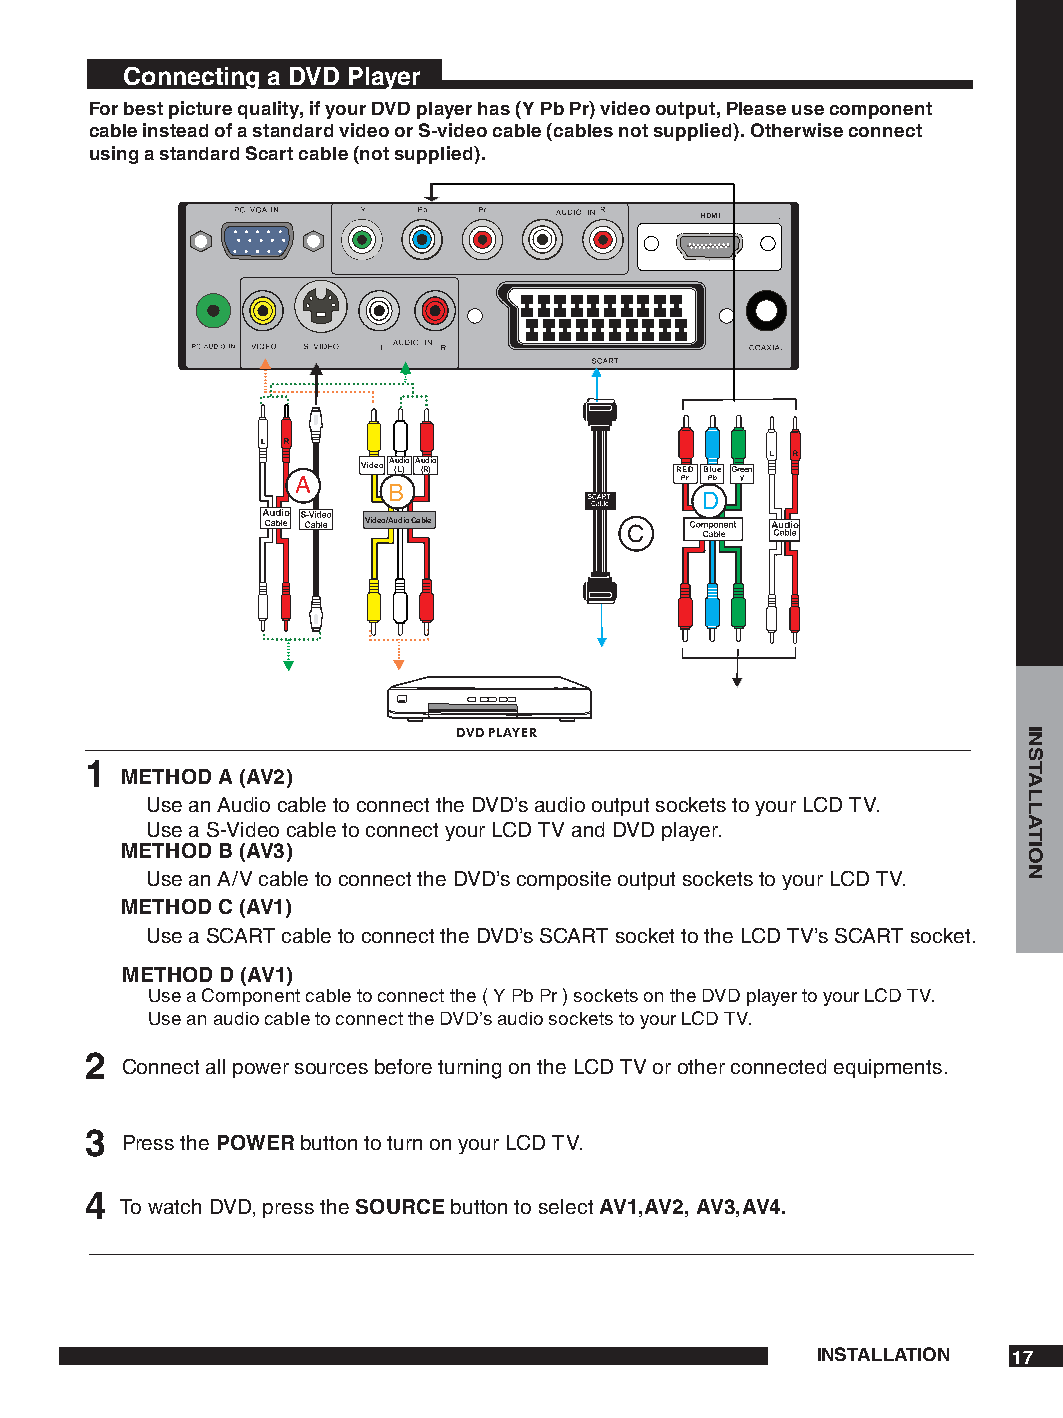
Connecting a DVD Player
 For best picture quality, if your DVD player has (Y Pb Pr) video output, Please use component
 cable instead of a standard video or S-video cable (cables not supplied). Otherwise connect
 using a standard Scart cable (not supplied).
 HDMI
 VideoA (u Ld )ioAu (Rd )io
 A                        Pr Pb
 B
 D
 Video/AudioCable
 C
 DVDPLAYER
 
 METHOD A (AV)
 Use an Audio cable to connect the DVD’s audio output sockets to your LCD TV.
 Use a S-Video cable to connect your LCD TV and DVD player.
 METHOD B (AV)
 Use an A/V cable to connect the DVD’s composite output sockets to your LCD TV.
 METHOD C (AV)
 Use a SCART cable to connect the DVD’s SCART socket to the LCD TV’s SCART socket.
 METHOD D (AV)
 Use a Component cable to connect the ( Y Pb Pr ) sockets on the DVD player to your LCD TV.
 Use an audio cable to connect the DVD’s audio sockets to your LCD TV.
 
 Connect all power sources before turning on the LCD TV or other connected equipments.
 
 Press the POWER button to turn on your LCD TV.
 
 To watch DVD, press the SOURCE button to select AV,AV, AV,AV.
 INSTALLATION 7
 INSTALLATION